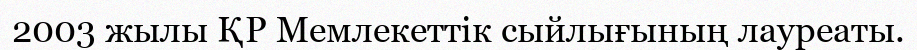
2003 жылы ҚР Мемлекеттік сыйлығының лауреаты.